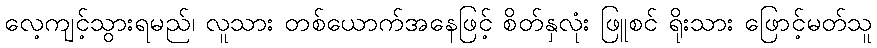
လေ့ကျင့်သွားရမည်၊ လူသား တစ်ယောက်အနေဖြင့် စိတ်နှလုံး ဖြူစင် ရိုးသား ဖြောင့်မတ်သူ